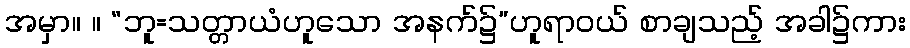
အမှာ။ ။ “ဘူ=သတ္တာယံဟူသော အနက်၌”ဟူရာဝယ် စာချသည့် အခါ၌ကား